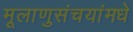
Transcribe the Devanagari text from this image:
मूलाणुसंचयांमधे